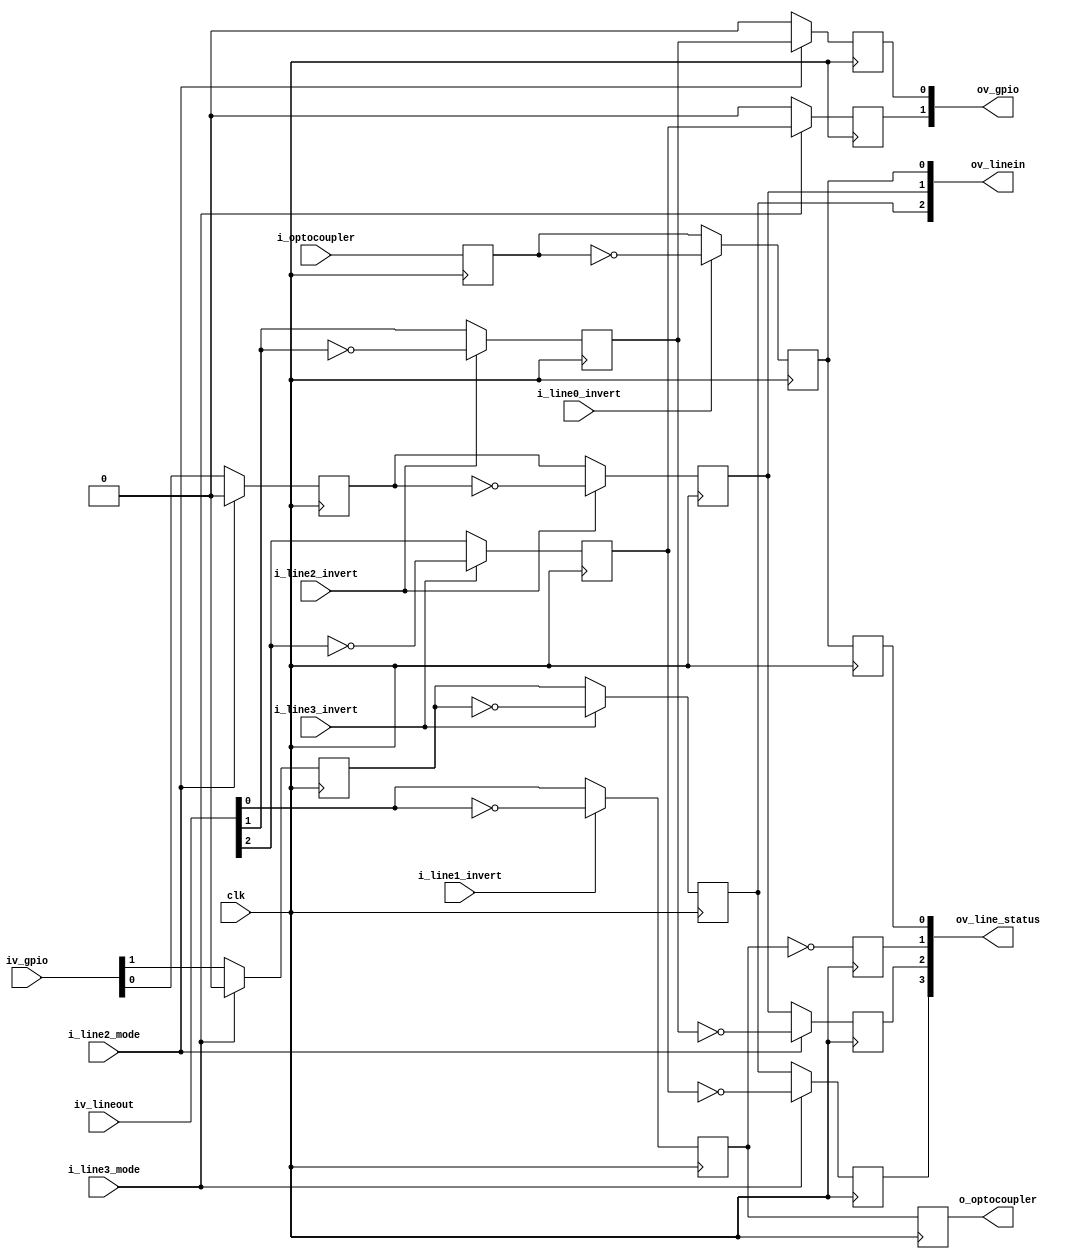
//-------------------------------------------------------------------------------------------------
//  --    : , 2010 -2015.
//  --      .
//  --          : FPGA
//  --        : line_mode
//  --        : 
//-------------------------------------------------------------------------------------------------
//
//  --  :
//
//  --          :| 				:|  
//-------------------------------------------------------------------------------------------------
//  --        :| 2014/12/1 10:10:06	:|  
//-------------------------------------------------------------------------------------------------
//
//  --      : 
//              1)  : 4line0line1line2line3
//
//              2)  : line0line1line2 line3
//
//              3)  :
//
//-------------------------------------------------------------------------------------------------
///
`timescale 1ns/1ps
//-------------------------------------------------------------------------------------------------

module line_mode_and_inverter (
	//
	input				clk				,	//
	//
	input				i_optocoupler	,	//line0 
	input	[1:0]		iv_gpio			,	//line2 3 
	output				o_optocoupler	,	//line1 
	output	[1:0]		ov_gpio			,	//line2 3 
	//
	input				i_line2_mode	,	//line201
	input				i_line3_mode	,	//line301
	input				i_line0_invert	,	//01
	input				i_line1_invert	,	//01
	input				i_line2_invert	,	//01
	input				i_line3_invert	,	//01
	output	[3:0]		ov_line_status	,	//linebit0-line0 bit1-line1 bit2-line2 bit3-line3
	//
	output	[2:0]		ov_linein		,	//3 line0 2 3
	input	[2:0]		iv_lineout			//3 line1 2 3
	);

	//	ref signals
	//
	reg			line0_in_mode	= 1'b0;
	reg			line2_in_mode	= 1'b0;
	reg			line3_in_mode	= 1'b0;
	reg			line0_in_invert	= 1'b0;
	reg			line2_in_invert	= 1'b0;
	reg			line3_in_invert	= 1'b0;

	//
	reg			line1_out_invert	= 1'b0;
	reg			line2_out_invert	= 1'b0;
	reg			line3_out_invert	= 1'b0;
	reg			line1_out_mode	= 1'b0;
	reg			line2_out_mode	= 1'b0;
	reg			line3_out_mode	= 1'b0;

	//
	reg		[3:0]		line_status_reg	= 4'b0;


	//	ref ARCHITECTURE
	//  ===============================================================================================
	//	ref ******
	//  ===============================================================================================
	//  ===============================================================================================
	//	-- ref line mode 
	//  ===============================================================================================
	//  -------------------------------------------------------------------------------------
	//	line0
	//  -------------------------------------------------------------------------------------
	always @ (posedge clk) begin
		line0_in_mode	<= i_optocoupler;
	end

	//  -------------------------------------------------------------------------------------
	//	0
	//  -------------------------------------------------------------------------------------
	always @ (posedge clk) begin
		if(!i_line2_mode) begin	//0-
			line2_in_mode	<= iv_gpio[0];
		end
		else begin	//1-
			line2_in_mode	<= 1'b0;
		end
	end

	always @ (posedge clk) begin
		if(!i_line3_mode) begin	//0-
			line3_in_mode	<= iv_gpio[1];
		end
		else begin	//1-
			line3_in_mode	<= 1'b0;
		end
	end

	//  ===============================================================================================
	//	-- ref line invert 
	//  ===============================================================================================
	//	line0
	always @ (posedge clk) begin
		if(!i_line0_invert) begin	//0-
			line0_in_invert	<= line0_in_mode;
		end
		else begin	//1-
			line0_in_invert	<= !line0_in_mode;
		end
	end

	//	line2
	always @ (posedge clk) begin
		if(!i_line2_invert) begin	//0-
			line2_in_invert	<= line2_in_mode;
		end
		else begin	//1-
			line2_in_invert	<= !line2_in_mode;
		end
	end

	//	line3
	always @ (posedge clk) begin
		if(!i_line3_invert) begin	//0-
			line3_in_invert	<= line3_in_mode;
		end
		else begin	//1-
			line3_in_invert	<= !line3_in_mode;
		end
	end

	//  ===============================================================================================
	//	-- ref 
	//  ===============================================================================================
	assign	ov_linein	= {line3_in_invert,line2_in_invert,line0_in_invert};

	//  ===============================================================================================
	//	ref ******
	//  ===============================================================================================
	//  ===============================================================================================
	//	-- ref line invert 
	//  ===============================================================================================
	//	line1
	always @ (posedge clk) begin
		if(!i_line1_invert) begin	//0-
			line1_out_invert	<= iv_lineout[0];
		end
		else begin	//1-
			line1_out_invert	<= !iv_lineout[0];
		end
	end

	//	line2
	always @ (posedge clk) begin
		if(!i_line2_invert) begin	//0-
			line2_out_invert	<= iv_lineout[1];
		end
		else begin	//1-
			line2_out_invert	<= !iv_lineout[1];
		end
	end

	//	line3
	always @ (posedge clk) begin
		if(!i_line3_invert) begin	//0-
			line3_out_invert	<= iv_lineout[2];
		end
		else begin	//1-
			line3_out_invert	<= !iv_lineout[2];
		end
	end

	//  ===============================================================================================
	//	-- ref line mode 
	//  ===============================================================================================
	//  -------------------------------------------------------------------------------------
	//	line1
	//  -------------------------------------------------------------------------------------
	always @ (posedge clk) begin
		line1_out_mode	<= line1_out_invert;
	end

	//  -------------------------------------------------------------------------------------
	//	0
	//  -------------------------------------------------------------------------------------
	always @ (posedge clk) begin
		if(!i_line2_mode) begin	//0-
			line2_out_mode	<= 1'b0;
		end
		else begin	//1-
			line2_out_mode	<= line2_out_invert;
		end
	end

	always @ (posedge clk) begin
		if(!i_line3_mode) begin	//0-
			line3_out_mode	<= 1'b0;
		end
		else begin	//1-
			line3_out_mode	<= line3_out_invert;
		end
	end

	//  ===============================================================================================
	//	-- ref 
	//  ===============================================================================================
	assign	o_optocoupler	= line1_out_mode;
	assign	ov_gpio			= {line3_out_mode,line2_out_mode};

	//  ===============================================================================================
	//	ref ***line status ***
	//  ===============================================================================================
	//  -------------------------------------------------------------------------------------
	//	1. line_status[0]line0line_inverterCircuit_dependent
	//	2. line_status[1]line1line_inverter
	//	3. line2line_status[2]line2line_inverterline2line_status[2]lne2line_inverter
	//	4. Status[3]status[2]
	//  -------------------------------------------------------------------------------------
	//	line0
	always @ (posedge clk) begin
		line_status_reg[0]	<= line0_in_invert;
	end
	//	line1
	always @ (posedge clk) begin
		line_status_reg[1]	<= !line1_out_invert;
	end
	//	line2
	always @ (posedge clk) begin
		if(!i_line2_mode) begin	//0-
			line_status_reg[2]	<= line2_in_invert;
		end
		else begin	//1-
			line_status_reg[2]	<= !line2_out_invert;
		end
	end
	//	line3
	always @ (posedge clk) begin
		if(!i_line3_mode) begin	//0-
			line_status_reg[3]	<= line3_in_invert;
		end
		else begin	//1-
			line_status_reg[3]	<= !line3_out_invert;
		end
	end

	//	
	assign	ov_line_status	= line_status_reg;



endmodule